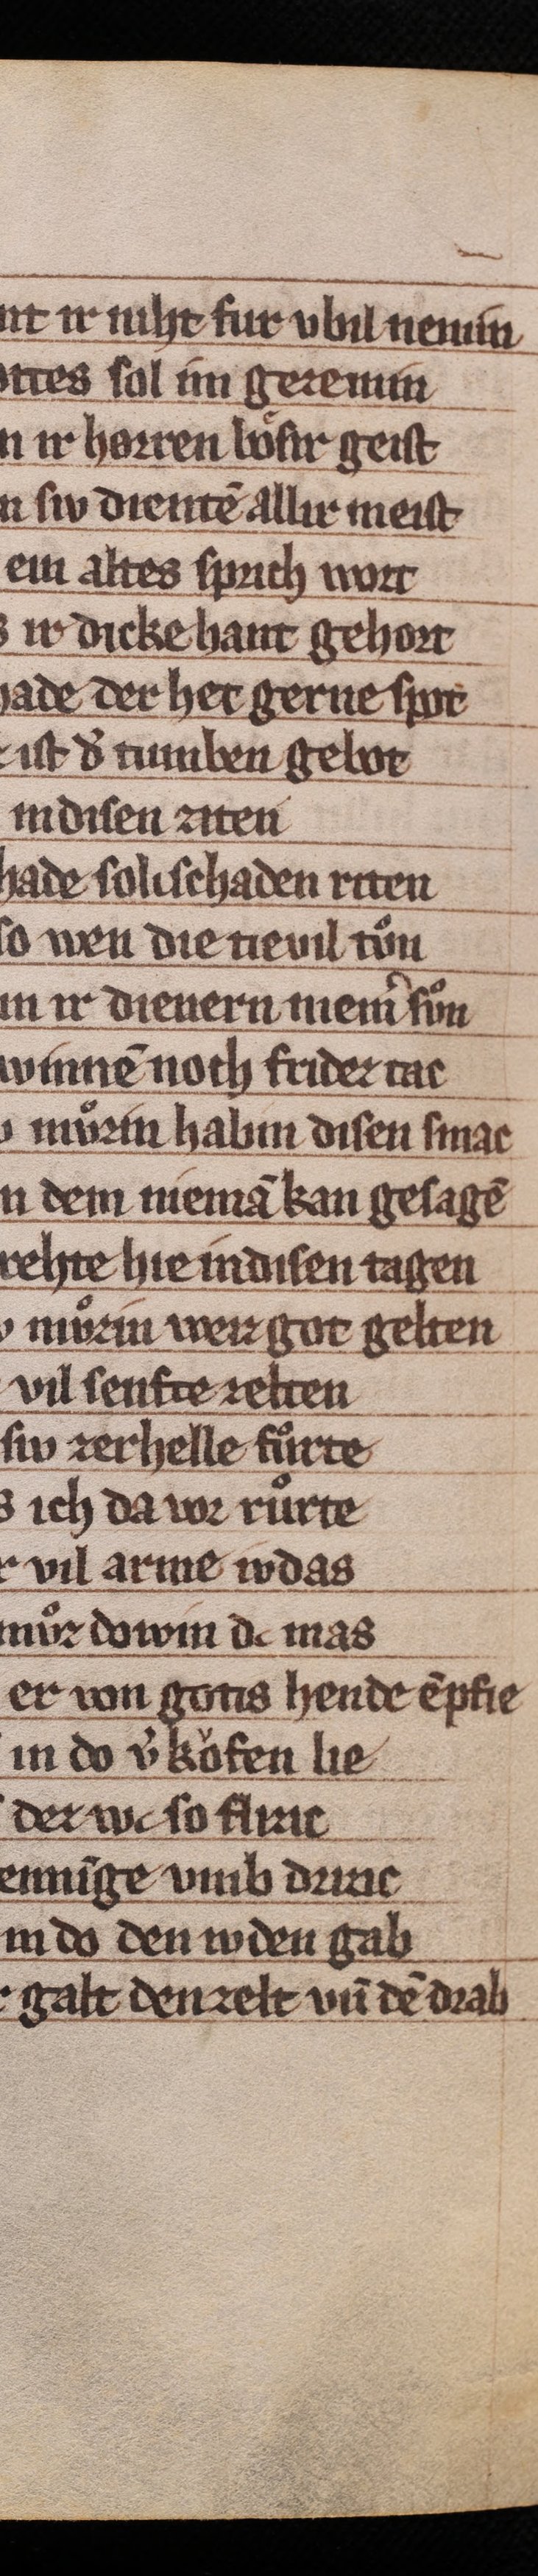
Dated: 1285–1315